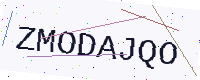
Text: ZMODAJQO